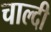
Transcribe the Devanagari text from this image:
चाल्दी